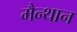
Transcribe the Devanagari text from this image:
मैन्थान